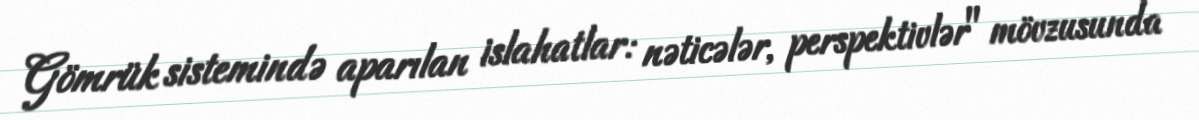
Gömrük sistemində aparılan islahatlar: nəticələr, perspektivlər" mövzusunda